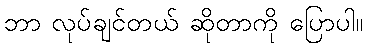
ဘာ လုပ်ချင်တယ် ဆိုတာကို ပြောပါ။